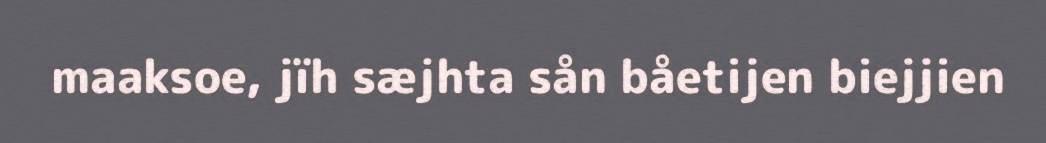
maaksoe, jïh sæjhta sån båetijen biejjien